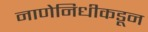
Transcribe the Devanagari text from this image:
नाणेनिधीकडून